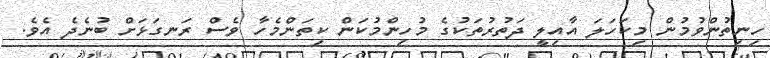
ހިނިތުންވުމުން މިކަހަލަ އާއިލީ ދަތުރުތަކުގެ މުހިންމުކަން ކިތަންމެހާ ވެސް ރަނގަޅަށް ބުނެދެ އެވެ.